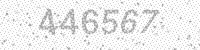
Solution: 446567